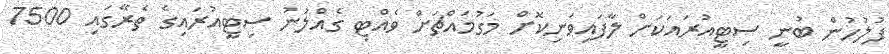
ފުލުހުން ބުނީ ސިޓީއުރައަކަށް ލާފައިވަނިކޮށް މަގުމައްޗަށް ވެއްޓި ގެއްލުނު ސިޓީއުރައިގެ ތެރޭގައި 7500